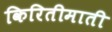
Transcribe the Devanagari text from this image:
किरितीमाती